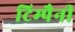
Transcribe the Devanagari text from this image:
टिम्पैनी